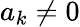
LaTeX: a_{k}\neq 0